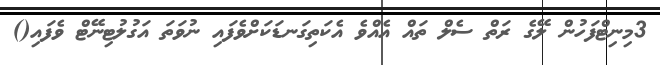
3މިނިޓްފަހުން ލޭގެ ރަތް ސެލް ތައް އެއްވެ އެކަތިގަނޑަކަށްވެފައި ނުވަތަ އަގުލުޓިނޭޓް ވެފައި()